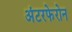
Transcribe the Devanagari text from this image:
अंटरफेरोन